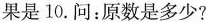
果是10.问：原数是多少？